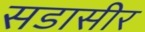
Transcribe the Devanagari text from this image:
सडासीर